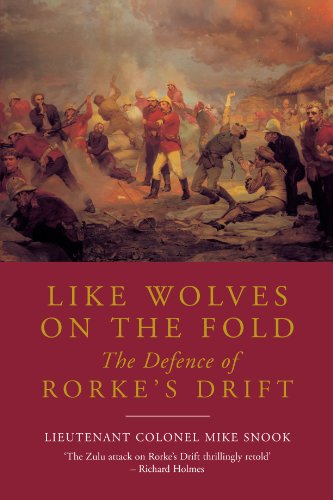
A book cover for LIKE WOLVES ON THE FOLD: The Defence of Rorke's Drift; Mike Snook; History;